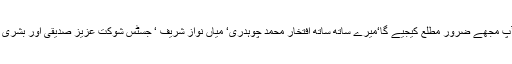
آپ کے پاس اگر اس کیوں کا کوئی جواب ہو تو آپ مجھے ضرور مطلع کیجیے گا‘میرے ساتھ ساتھ افتخار محمد چوہدری‘ میاں نواز شریف ‘ جسٹس شوکت عزیز صدیقی اور بشریٰ فرید پوری زندگی آپ کے احسا ن مند رہیں گے۔